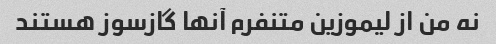
نه من از لیموزین متنفرم آنها گازسوز هستند